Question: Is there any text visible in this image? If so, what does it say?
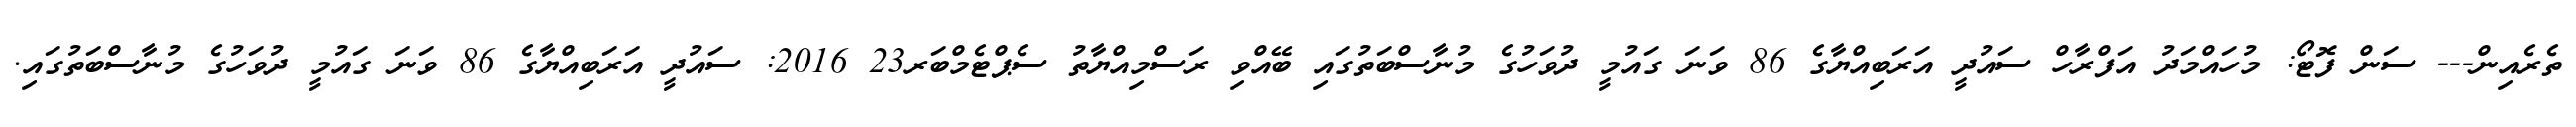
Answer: ތެރެއިން--- ސަން ފޮޓޯ: މުހައްމަދު އަފްރާހް ސައުދީ އަރަބިއްޔާގެ 86 ވަނަ ގައުމީ ދުވަހުގެ މުނާސްބަތުގައި ބޭއްވި ރަސްމިއްޔާތު ސެޕްޓެމްބަރ23 2016: ސައުދީ އަރަބިއްޔާގެ 86 ވަނަ ގައުމީ ދުވަހުގެ މުނާސްބަތުގައި.